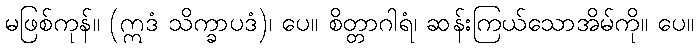
မဖြစ်ကုန်။ (ဣဒံ သိက္ခာပဒံ)၊ ပေ။ စိတ္တာဂါရံ၊ ဆန်းကြယ်သောအိမ်ကို။ ပေ။